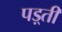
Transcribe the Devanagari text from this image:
पड़्ती